Bombay plague: being a history of the progress of plague in the Bombay presidency from September 1896 to June 1899
Year: 1896
Disease focus: Plague
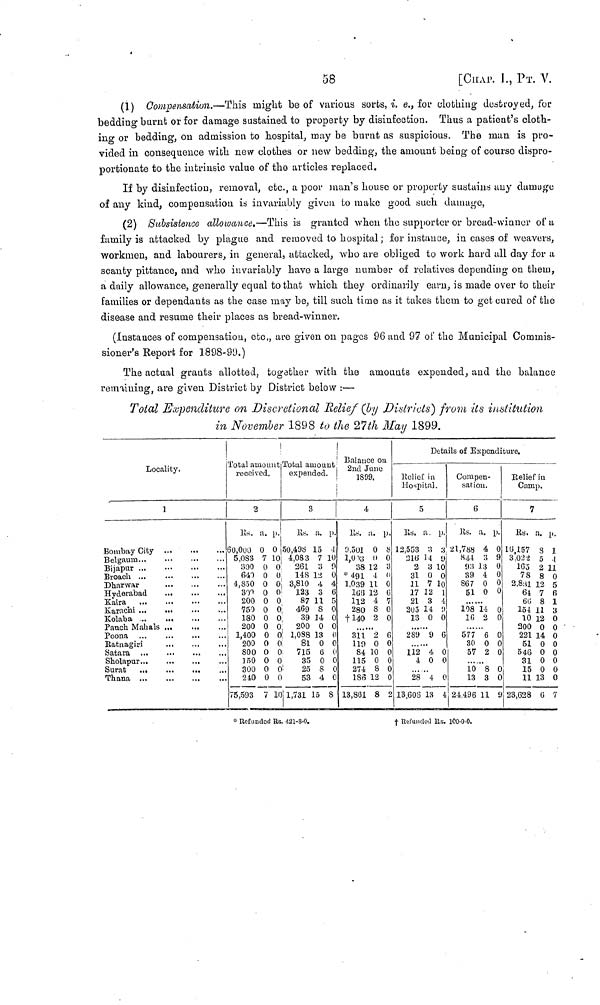
58
[CHAP. I., ΡT. V.
(1) Compensation.—This might be of various sorbs, i. e., for clothing destroyed, for
bedding burnt or for damage sustained to property by disinfection. Thus a patient's cloth-
ing or bedding, on admission to hospital, may be burnt as suspicious. The man is pro-
vided in consequence with new clothes or new bedding, the amount being of course dispro-
portionate to the intrinsic value of the articles replaced.
If by disinfection, removal, etc., a poor man's house or property sustains any damage
of any kind, compensation is invariably given to make good such damage,
(2) Subsistence allowance,—This is granted when the supporter or bread-winner of a
family is attacked by plague and removed to hospital; for instance, in cases of weavers,
workmen, and labourers, in general, attacked, who are obliged to work hard all day for a
scanty pittance, and who invariably have a large number of relatives depending on them,
a daily allowance, generally equal to that which they ordinarily earn, is made over to their
families or dependants as the case may be, till such time as it takes them to get cured of the
disease and resume their places as bread-winner.
(Instances of compensation, etc., are given on pages 96 and 96 of the Municipal Commis-
sioner's Report for 1898-99.)
The actual grants allotted, together with the amounts expended, and the balance
remaining, are given District by District below :—
Total Expenditure on Discretional Relief (by Districts) from its institution
in November 1898 to the 27th May 1899.
Locality.
1
Bombay City
Belgaum
Bijapur
Broach ...
Dharwar
Hyderabad
...
Panch Mahals
Poona
Ratnagiri
Satara ...
Sholapur
Thana
Total amount
received.
2
Us. a. p.
60,000
5,083 7 10
800 0 0
640 0 0
4,850 0 0
300 0 0
200 0 0
750 0 0
130 0 0
200 0 0
1,400 0 0
200 0 (
800 0 0
150 0 0
300 0 0
240 0 0
75,593 7 10
Total amount
expended.
3
Us. a. p.
50,498 15 4
4,083 7 10
261 a 0
148 12 0
3,810 4 4
123 3 6
87 11 5
469 8 0
39 14 0
200 o o
1.088 13 0
81 0 0
715 6 0
35 0 0
25 8 0
53 4 0
1,731 15 8
Balance ou
2nd June
1899.
4
Us. a. p.
0,501 0 8
1,003 0 0
38 12 3
* 491 4 0
1.039 11 0
166 12 0
112 4 7
280 8 0
140 2 0
···
311 2 G
119 0 0
84 10 0
115 0 0
274 8 0
18o 12 0
13,861 8 2
Deta
Relief in
Hospital.
5
Rs. a. p.
12,553 3 3
316 14 9
2 3 10
31 0 0
11 7 10
37 12 1
21 3 4
205 14 9
13 0 0
......
289 9 0
112 4 0
4 0 0
28 4 0
13,606 13 4
ils of Expend:
Compen-
sation.
6
Rs. a. p.
21,788 4 0
841 3 9
93 13 0
39 4 0
867 0 0
51 0 0
108 14 0
16 2 0
577 6 0
30 0 0
57 2 0
10 8 0
13 3 0
24.496 11 9
ture.
Relief in
Camp.
7
Rs. a. p.
16,157 3 1
3.022 5 4
165 2 11
78 8 0
2.831 12 5
64 7 6
60 8 1
154 11 3
10 12 0
200 0 0
221 14 0
51 0 0
546 0 0
31 0 0
15 0 0
11 13 0
23,628 6 7
* Refunded Rs. 421-8-0.
†
Refunded Rs. 100-0-0.